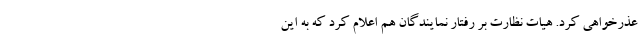
عذرخواهی کرد. هیات نظارت بر رفتار نمایندگان هم اعلام کرد که به این